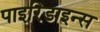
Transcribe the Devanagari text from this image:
पाइरिडाइन्स